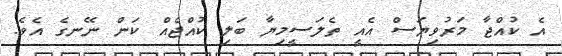
އެ ކުއްޖާ މަރުވިޔަސް އެއީ ތެލަސީމިޔާ ބަލި ކުއްޖެއް ކަން ނޭނގެ އެވެ.